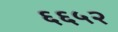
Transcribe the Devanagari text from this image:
६६५२